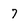
Character: 7